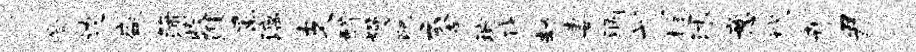
澄边盛蒲收淮属漓支醉熳配云舍琬伐劫妻涸弋超沐意玳卉尹